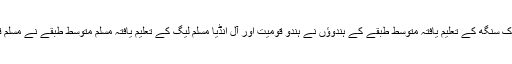
راشٹریہ سوامی سیوک سنگھ کے تعلیم یافتہ متوسط طبقے کے ہندوؤں نے ہندو قومیت اور آل انڈیا مسلم لیگ کے تعلیم یافتہ مسلم متوسط طبقے نے مسلم قومیت کو فروغ دیا۔